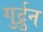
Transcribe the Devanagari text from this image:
गुर्द्रुन